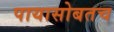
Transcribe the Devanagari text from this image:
पायासोबतच